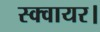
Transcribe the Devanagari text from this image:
स्क्वायर।